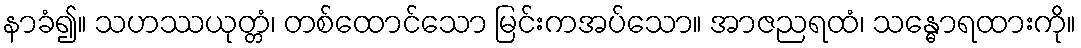
နာခံ၍။ သဟဿယုတ္တံ၊ တစ်ထောင်သော မြင်းကအပ်သော။ အာဇညရထံ၊ သန္ဓောရထားကို။